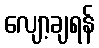
လျော့ချရန်